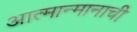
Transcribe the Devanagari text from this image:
आत्मान्मानाची